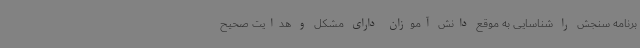
برنامه سنجش را شناسایی به موقع دانش آموزان دارای مشکل و هدایت صحیح